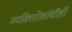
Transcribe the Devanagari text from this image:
व्यक्तिरेखांचीही